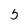
Character: 5